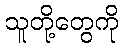
သူတို့တွေကို